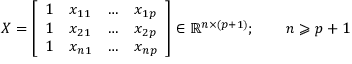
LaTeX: X = { \left[ \begin{array} { l l l l } { 1 } & { x _ { 1 1 } } & { \dots } & { x _ { 1 p } } \\ { 1 } & { x _ { 2 1 } } & { \dots } & { x _ { 2 p } } \\ { 1 } & { x _ { n 1 } } & { \dots } & { x _ { n p } } \end{array} \right] } \in \mathbb { R } ^ { n \times ( p + 1 ) } ; \qquad n \geqslant p + 1